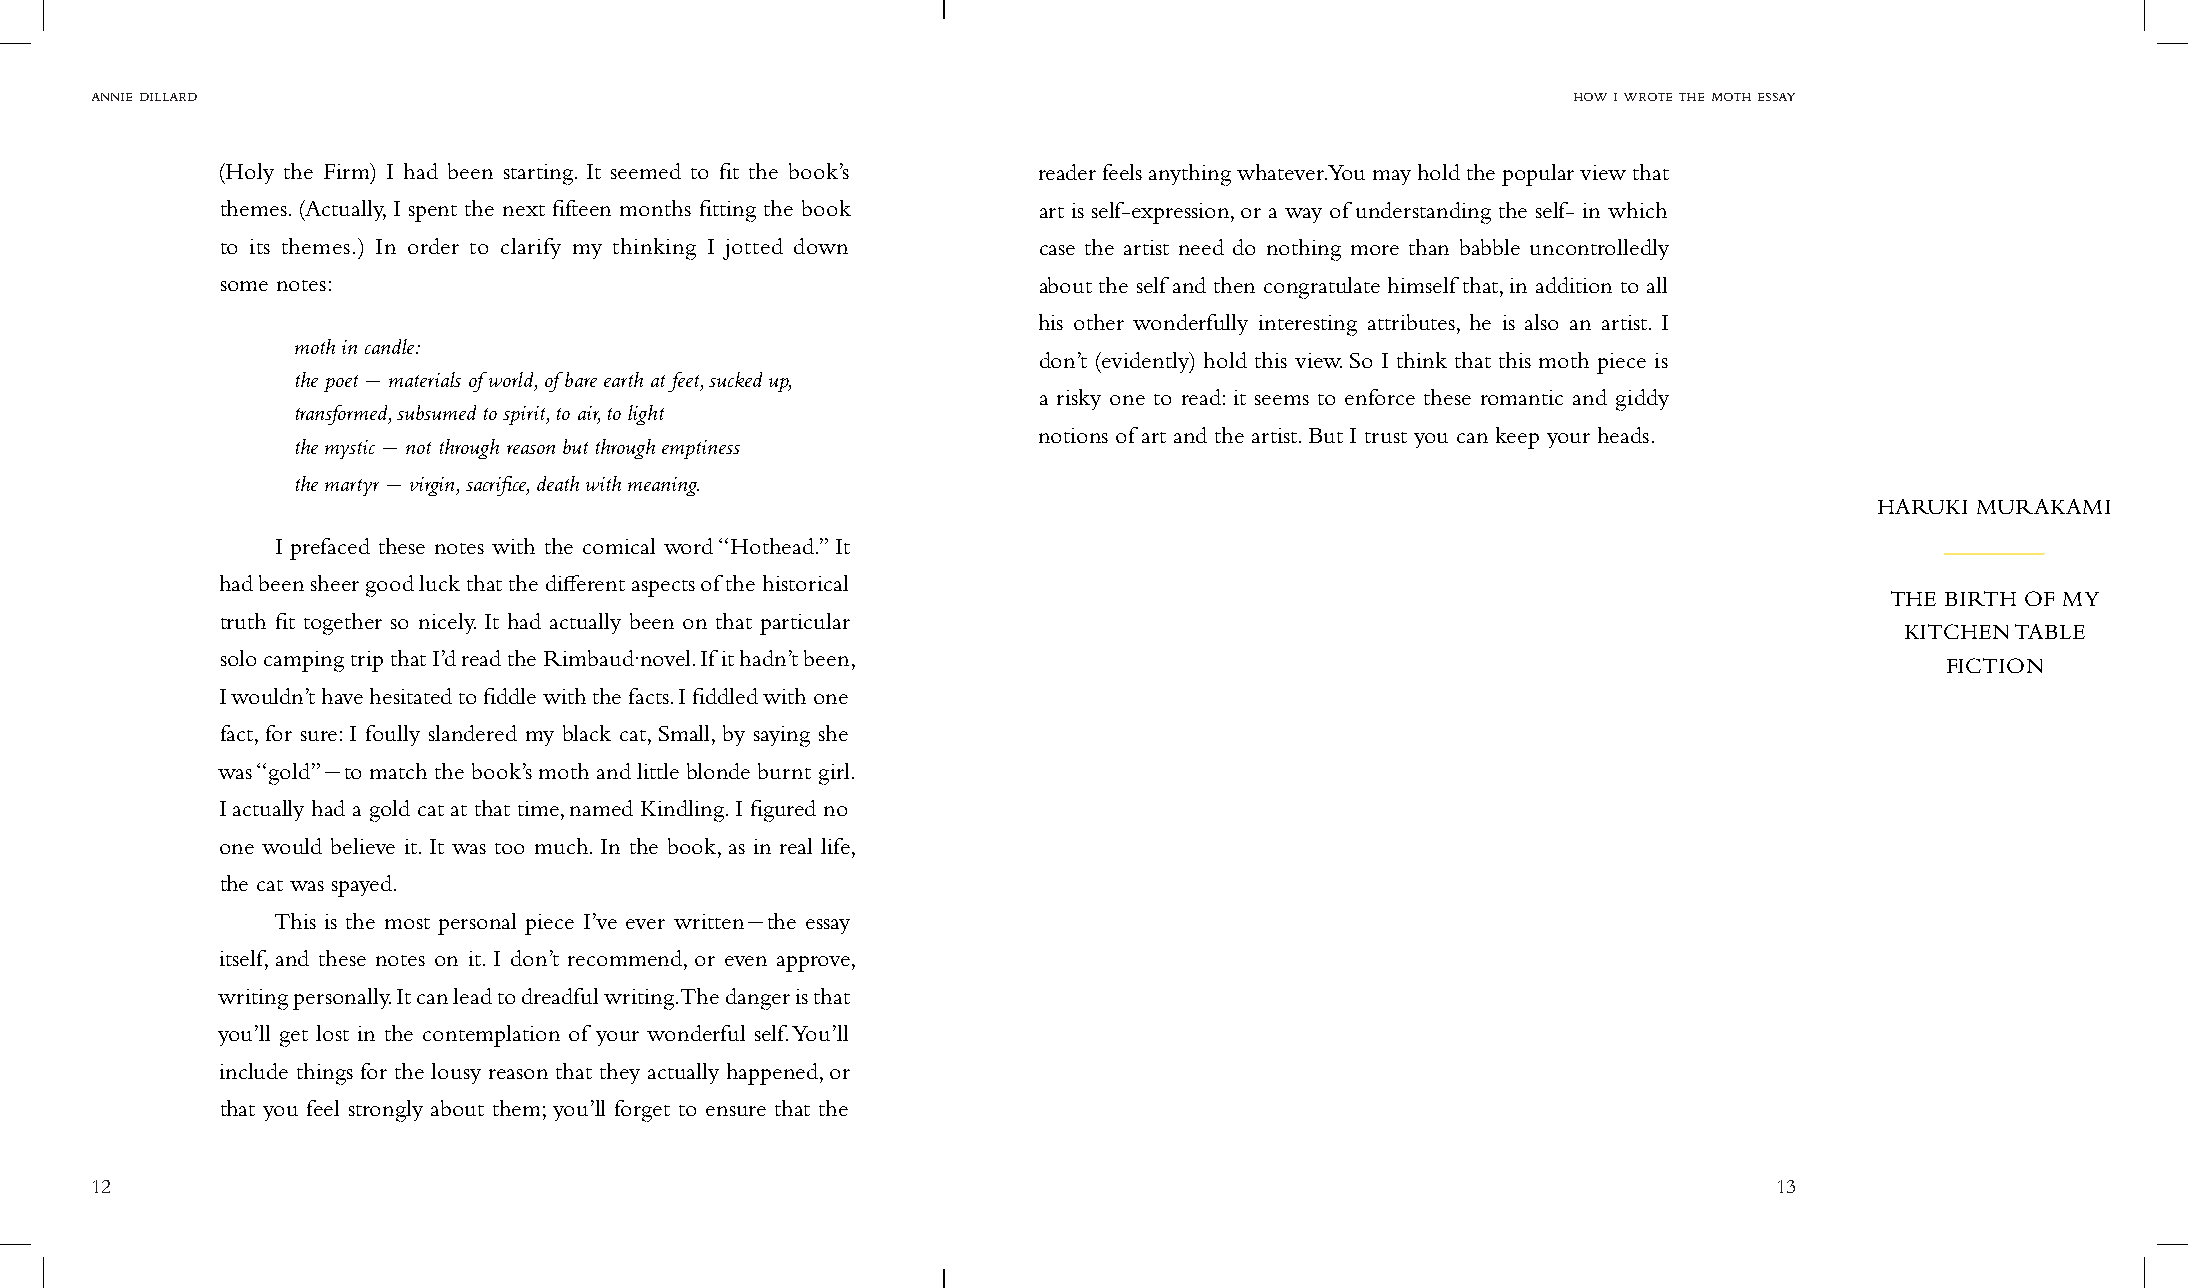
annie dillard                                                                                     how i wrote the moth essay
 (Holy the Firm) I had been starting. It seemed to fit the book’s reader feels anything whatever. You may hold the popular view that
 themes. (Actually, I spent the next fifteen months fitting the book art is self-expression, or a way of understanding the self- in which
 to its themes.) In order to clarify my thinking I jotted down case the artist need do nothing more than babble uncontrolledly
 some notes:                                           about the self and then congratulate himself that, in addition to all
 his other wonderfully interesting attributes, he is also an artist. I
 moth in candle:
 don’t (evidently) hold this view. So I think that this moth piece is
 the poet - materials of world, of bare earth at feet, sucked up,
 a risky one to read: it seems to enforce these romantic and giddy
 transformed, subsumed to spirit, to air, to light
 notions of art and the artist. But I trust you can keep your heads.
 the mystic - not through reason but through emptiness
 the martyr - virgin, sacrifice, death with meaning.
 HARUKI MURAKAMI
 I prefaced these notes with the comical word “Hothead.” It
 had been sheer good luck that the different aspects of the historical
 THE BIRTH OF MY
 truth fit together so nicely. It had actually been on that particular
 KITCHEN TABLE
 solo camping trip that I’d read the Rimbaud·novel. If it hadn’t been,
 FICTION
 I wouldn’t have hesitated to fiddle with the facts. I fiddled with one
 fact, for sure: I foully slandered my black cat, Small, by saying she
 was “gold”-to match the book’s moth and little blonde burnt girl.
 I actually had a gold cat at that time, named Kindling. I figured no
 one would believe it. It was too much. In the book, as in real life,
 the cat was spayed.
 This is the most personal piece I’ve ever written-the essay
 itself, and these notes on it. I don’t recommend, or even approve,
 writing personally. It can lead to dreadful writing. The danger is that
 you’ll get lost in the contemplation of your wonderful self. You’ll
 include things for the lousy reason that they actually happened, or
 that you feel strongly about them; you’ll forget to ensure that the
 12                                                                                                              13